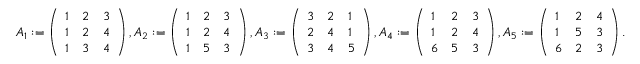
A _ { 1 } : = \left( \begin{array} { l l l } { 1 } & { 2 } & { 3 } \\ { 1 } & { 2 } & { 4 } \\ { 1 } & { 3 } & { 4 } \end{array} \right) , A _ { 2 } : = \left( \begin{array} { l l l } { 1 } & { 2 } & { 3 } \\ { 1 } & { 2 } & { 4 } \\ { 1 } & { 5 } & { 3 } \end{array} \right) , A _ { 3 } : = \left( \begin{array} { l l l } { 3 } & { 2 } & { 1 } \\ { 2 } & { 4 } & { 1 } \\ { 3 } & { 4 } & { 5 } \end{array} \right) , A _ { 4 } : = \left( \begin{array} { l l l } { 1 } & { 2 } & { 3 } \\ { 1 } & { 2 } & { 4 } \\ { 6 } & { 5 } & { 3 } \end{array} \right) , A _ { 5 } : = \left( \begin{array} { l l l } { 1 } & { 2 } & { 4 } \\ { 1 } & { 5 } & { 3 } \\ { 6 } & { 2 } & { 3 } \end{array} \right) .